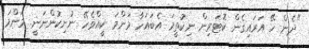
"ދެން ހޭ އަރައިގެން ކޮޓަަރިން ނިކުތީމަ އެބައަހާ މަންމަ ކީއްވެހޭ ނުނިކުންނަނީ. މަންމަ